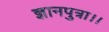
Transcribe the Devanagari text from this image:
ज्ञानपुत्रा।।